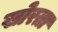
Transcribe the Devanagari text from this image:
खोरता